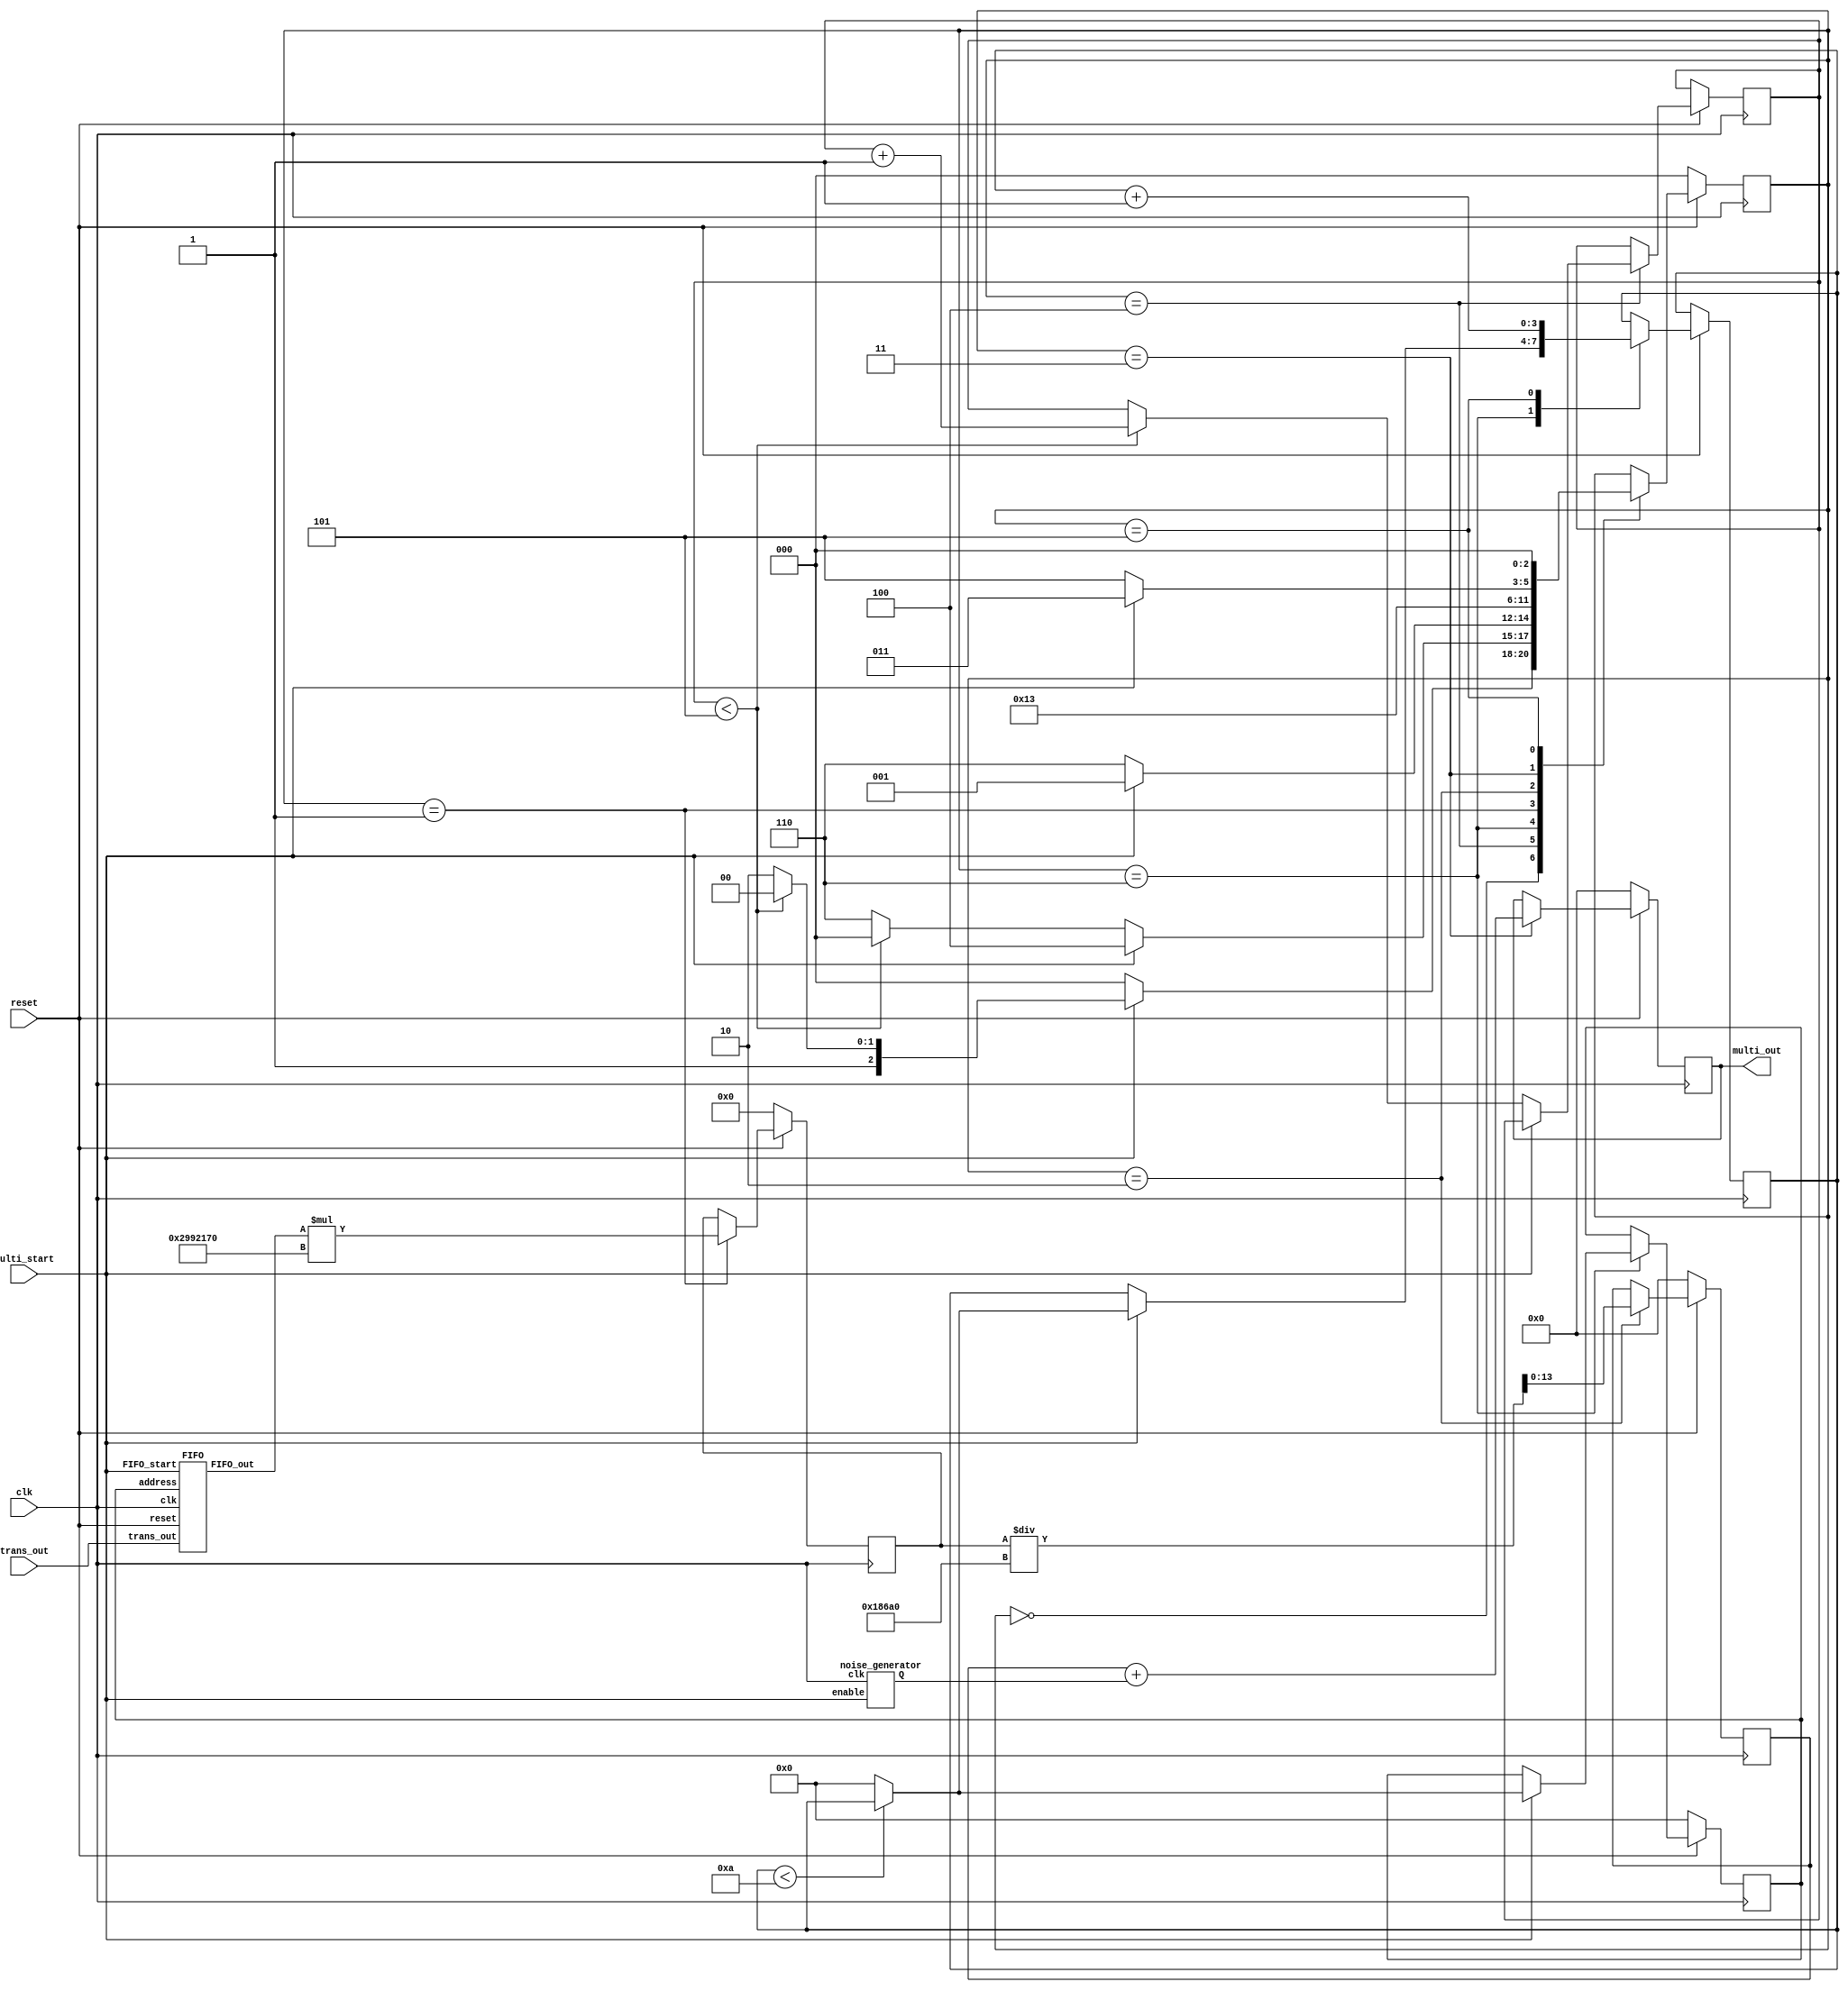
`timescale 1 ps / 1 ps
module multipath (input clk, input multi_start, input signed [1:0] trans_out, input reset, output reg signed [13:0] multi_out);  

wire [7:0] noise;

reg signed [27:0] multi_out_extend; 

//pulse with noise
reg signed [13:0] multi_out_ext_noise;
//pulse with attenuation
reg signed [13:0] multi_out_ext_atten;

reg  [2:0] counter_delay = 0; // this is a counter counting the delay of signal (multipath effect),count to 5, (0~5 so delay 6 symbols)
reg  [3:0] counter_FIFO =0; // this is the counter for FIFO,count to 9. (0~9)




//states
reg [2:0] state;

parameter init = 3'b000;
parameter signal_ext = 3'b001;
parameter attenuation = 3'b010;
parameter add_noise = 3'b011;
parameter waiting = 3'b100;
parameter done = 3'b101;
parameter get_data_from_FIFO = 3'b110;
 





// noise generator
//module noise_generator (clk, enable, Q);
noise_generator noise_adding (clk, multi_start, noise);

// FIFO
//module FIFO (input clk, input FIFO_start, input [3:0] address, input signed [1:0] trans_out, input reset, output signed [1:0] FIFO_out );

reg [3:0] FIFO_addr;
wire signed [1:0] FIFO_out;

FIFO fifo_for_siganls (clk, multi_start, FIFO_addr, trans_out, reset, FIFO_out);










always@(posedge clk) 
begin
  if((!reset)) begin
FIFO_addr = 0;
multi_out_extend = 0;
multi_out_ext_noise=0;
multi_out_ext_atten =0;
multi_out = 0;
state = init;
end
  else begin
    case(state)
     
    init: 
     begin
       
	    if(multi_start == 1)
             begin
               if(counter_delay < 5)  state = waiting;
               else state = get_data_from_FIFO;
             end
              
           
          
            else state = init;
     end

    waiting:  // signals delayed by 6 symbols, counter_delay counts from 0 to 5
     begin
         
	 if(multi_start == 0)
         begin 
           if(counter_delay < 5)  
             begin
                counter_delay = counter_delay + 1;
                state = init;
             end
	   else state = get_data_from_FIFO;
         end    
       else state = waiting;
     end
     
    get_data_from_FIFO:
     begin
	  if(multi_start == 1) begin
	     if(counter_FIFO < 10) begin
		     FIFO_addr = counter_FIFO;
		     state = signal_ext;
	     end
	     else
		  begin 
			  counter_FIFO = 0;
			  FIFO_addr =counter_FIFO;  
			  state = signal_ext;
		  end
	  end
	  else state = get_data_from_FIFO;
     end 
	     
    signal_ext:   //.................signal extension here
     begin
       multi_out_extend = FIFO_out * 43590000; // change the unit of pulse
       state = attenuation;
     end

    attenuation:  //.................attenuation here, assume 80dB 
     begin
       multi_out_ext_atten = multi_out_extend / 100000;
       state = add_noise;
     end

    add_noise:  //...................add noise here
	begin
	    multi_out = multi_out_ext_atten + noise;
           if(multi_start == 0) begin
       	    
            state = done;
            end
	    else state = add_noise;
	end

    /*waiting:  //.................wait for the transmitter to send the next signal
     begin
       if(chan_start ==0) state = done;
       else state = waiting;
     end*/

    done:  //................channel has done producing one signal
     begin
       counter_FIFO = counter_FIFO + 1'b1;
       state = init;
       
       
     end

endcase

       

       
 




end
end
endmodule



//...................................Noise generator


module noise_generator (clk, enable, Q);

input clk, enable;
output [7:0] Q;
reg [2:0] counter = 3'b0;
   always@(posedge clk) begin
	   if (enable) begin
		   counter = counter + 1'b1;
	   end
   end
   assign Q = {counter[1],{2{counter[2]}}, counter, 2'd0};

endmodule


//...........................FIFO



module FIFO (input clk, input FIFO_start, input [3:0] address, input signed [1:0] trans_out, input reset, output signed [1:0] FIFO_out );

reg [1:0] tmp [0:9];  // an array to store the trans_out signals when we are in the state "waiting"
reg [3:0] counter = 0;

reg [2:0] state;
parameter init = 3'b000;
parameter waiting = 3'b001;
parameter done = 3'b010;


assign FIFO_out = tmp [address];

always@(posedge clk) 
begin

  if((!reset)) 
    begin
     tmp [0] = 0;
     tmp [1] = 0;
     tmp [2] = 0;
     tmp [3] = 0;
     tmp [4] = 0;
     tmp [5] = 0;
     tmp [6] = 0;
     tmp [7] = 0;
     tmp [8] = 0;
     tmp [9] = 0;
     state = init;
     
     
    end
  else 
    begin
      case(state)
        init: begin
          if(FIFO_start ==1) state = waiting;  // FIFO_start is connected with trans_done, each time there is a signal from transmitter, we go to store it in FIFO
          else state = init;
        
         end

        waiting: begin

           tmp [counter] = trans_out; // store the 10 signals that are produced by the transmitter while we are waiting
           if(FIFO_start ==0)
             state = done;
           else  state = waiting;

       end

        done: begin    //if trans_done = 0, no signal from transmitter, we update the FIFO counter to store the next signal from transmitter.


         if(counter<9) 
              begin
                
                counter = counter+1;
                state = init;  // go to init to wait for the next signal from transmitter
              end
            else 
              begin
                counter = 0;
                state = init;
                
              end
            
         end
       
       endcase
end     
end
endmodule